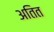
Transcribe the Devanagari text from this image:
अतित